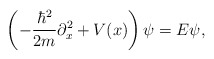
\begin{align*}\left(-{{\hbar^2}\over {2m}}\partial_x^2+V(x)\right)\psi=E\psi,\end{align*}